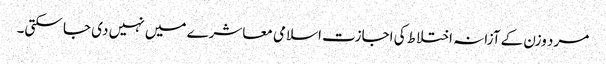
مرد وزن کے آزانہ اختلاط کی اجازت اسلامی معاشرے میں نہیں دی جا سکتی۔